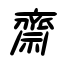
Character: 齋